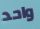
واحد